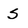
Character: S